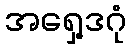
အရှေ့ဒဂုံ